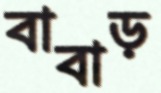
বাবাড়